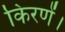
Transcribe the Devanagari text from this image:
किरणें।